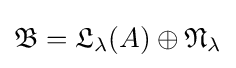
{\mathfrak {B}}={\mathfrak {L}}_{\lambda }(A)\oplus {\mathfrak {N}}_{\lambda }